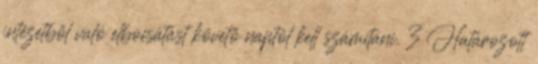
intézetből való elbocsátást követő naptól kell számítani. 3 Határozott